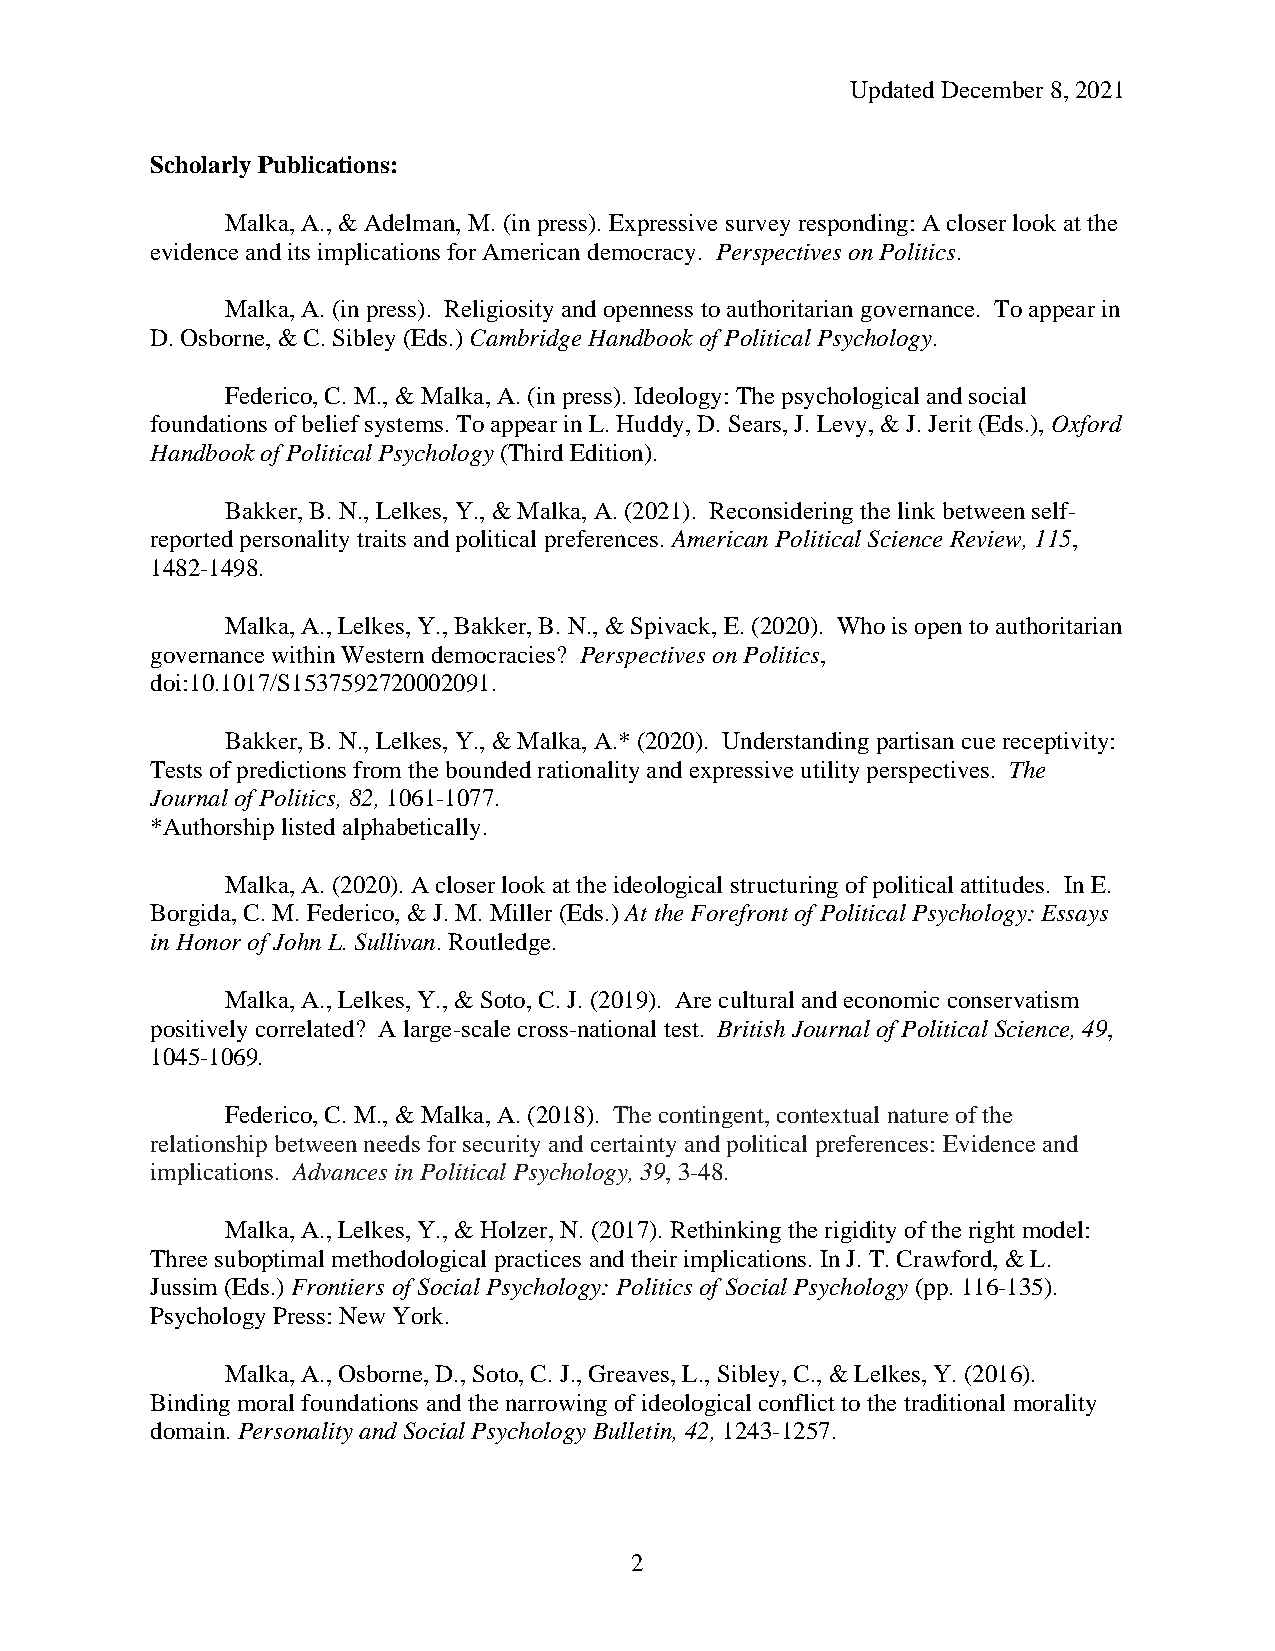
Updated December 8, 2021
 Scholarly Publications:
 Malka, A., & Adelman, M. (in press). Expressive survey responding: A closer look at the
 evidence and its implications for American democracy. Perspectives on Politics.
 Malka, A. (in press). Religiosity and openness to authoritarian governance. To appear in
 D. Osborne, & C. Sibley (Eds.) Cambridge Handbook of Political Psychology.
 Federico, C. M., & Malka, A. (in press). Ideology: The psychological and social
 foundations of belief systems. To appear in L. Huddy, D. Sears, J. Levy, & J. Jerit (Eds.), Oxford
 Handbook of Political Psychology (Third Edition).
 Bakker, B. N., Lelkes, Y., & Malka, A. (2021). Reconsidering the link between self-
 reported personality traits and political preferences. American Political Science Review, 115,
 1482-1498.
 Malka, A., Lelkes, Y., Bakker, B. N., & Spivack, E. (2020). Who is open to authoritarian
 governance within Western democracies? Perspectives on Politics,
 doi:10.1017/S1537592720002091.
 Bakker, B. N., Lelkes, Y., & Malka, A.* (2020). Understanding partisan cue receptivity:
 Tests of predictions from the bounded rationality and expressive utility perspectives. The
 Journal of Politics, 82, 1061-1077.
 *Authorship listed alphabetically.
 Malka, A. (2020). A closer look at the ideological structuring of political attitudes. In E.
 Borgida, C. M. Federico, & J. M. Miller (Eds.) At the Forefront of Political Psychology: Essays
 in Honor of John L. Sullivan. Routledge.
 Malka, A., Lelkes, Y., & Soto, C. J. (2019). Are cultural and economic conservatism
 positively correlated? A large-scale cross-national test. British Journal of Political Science, 49,
 1045-1069.
 Federico, C. M., & Malka, A. (2018). The contingent, contextual nature of the
 relationship between needs for security and certainty and political preferences: Evidence and
 implications. Advances in Political Psychology, 39, 3-48.
 Malka, A., Lelkes, Y., & Holzer, N. (2017). Rethinking the rigidity of the right model:
 Three suboptimal methodological practices and their implications. In J. T. Crawford, & L.
 Jussim (Eds.) Frontiers of Social Psychology: Politics of Social Psychology (pp. 116-135).
 Psychology Press: New York.
 Malka, A., Osborne, D., Soto, C. J., Greaves, L., Sibley, C., & Lelkes, Y. (2016).
 Binding moral foundations and the narrowing of ideological conflict to the traditional morality
 domain. Personality and Social Psychology Bulletin, 42, 1243-1257.
 2